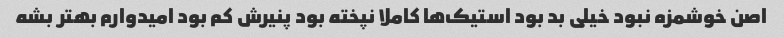
اصن خوشمزه نبود خیلی بد بود استیک‌ها کاملا نپخته بود پنیرش کم بود امیدوارم بهتر بشه